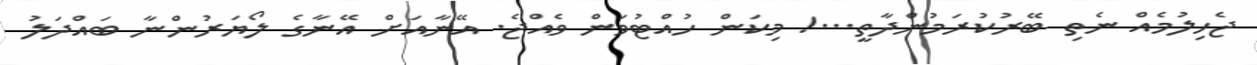
ޖެހިލުމެއް ނެތި ބޭރުކުރަމުންދާތީ...! މިކަން ހުއްޓުވަން ވެއްޖެ. އޭނާއަށް އޭނާގެ ލޯޔަރުންނާ ބައްދަލު